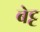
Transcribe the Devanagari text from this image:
बेट्ट